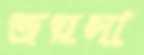
জয়সা